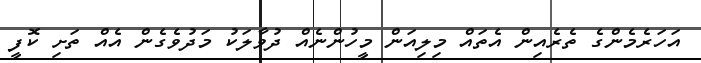
އަހަރެމެންގެ ތެރެއިން އެތައް މިލިއަން މީހުންނެއް ދުވާލަކު މަދުވެގެން އެއް ތަށި ކޮފީ